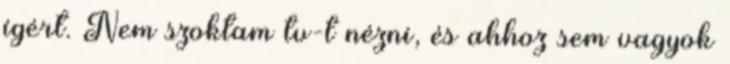
ígért. Nem szoktam tv-t nézni, és ahhoz sem vagyok